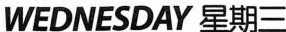
WEDNESDAY 星期三